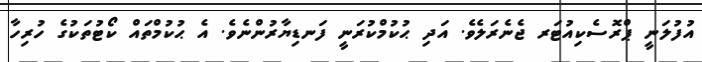
އުފުލަނީ ޕްރޮސެކިއުޓަރ ޖެނެރަލެވެ. އަދި ޙުކުމްކުރަނީ ފަނޑިޔާރުންނެވެ. އެ ޙުކުމްތައް ކޯޓުތަކުގެ ހުރިހާ